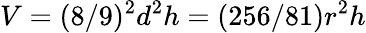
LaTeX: V=(8/9)^{2}d^{2}h=(256/81)r^{2}h